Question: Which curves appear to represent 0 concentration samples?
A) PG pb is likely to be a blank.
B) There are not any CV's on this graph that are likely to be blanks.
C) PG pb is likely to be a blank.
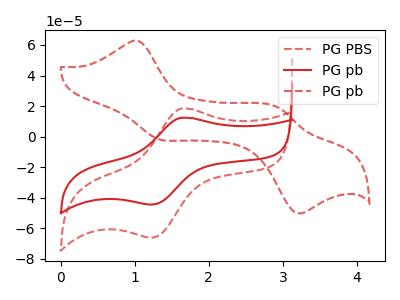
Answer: <think>The red dashed curve "PG PBS" has an anodic peak at (1.60V, 18.30uA) and a cathodic peak at (1.20V, -66.15uA). The red curve "PG pb" has an anodic peak at (1.60V, 12.30uA) and a cathodic peak at (1.20V, -44.50uA). The red dashed curve "PG pb" has anodic peaks at (1.05V, 62.60uA) (2.90V, 19.35uA) and cathodic peaks at (1.35V, -1.85uA) (3.20V, -49.85uA).</think>
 <answer>B) There are not any CV's on this graph that are likely to be blanks.</answer>
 <eval>B</eval>